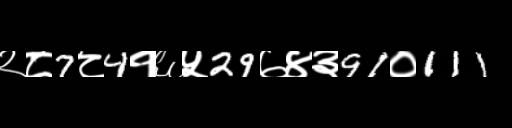
Text: २८7८4१६५29७४३91०111